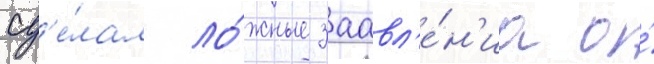
сд'е́лал ло́жные заавл'е́н'иа о́